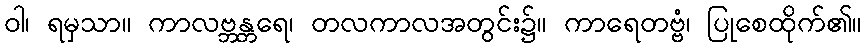
ဝါ၊ ရမှသာ။ ကာလဗ္ဘန္တရေ၊ တလကာလအတွင်း၌။ ကာရေတဗ္ဗံ၊ ပြုစေထိုက်၏။